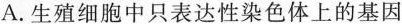
A.生殖细胞中只表达性染色体上的基因